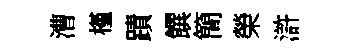
漕槿蹟饌簡榮滸